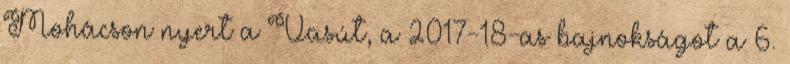
Mohácson nyert a Vasút, a 2017-18-as bajnokságot a 6.